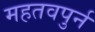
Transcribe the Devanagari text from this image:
महतवपुर्न